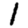
Digit: 1